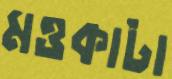
মওকাটা